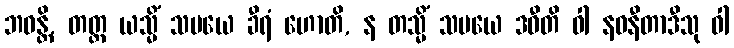
ဘဝန္တိ, တတ္ထ ယသ္မိံ သမယေ ခီရံ ဟောတိ, န တသ္မိံ သမယေ ဒဓီတိ ဝါ နဝနီတာဒီသု ဝါ